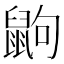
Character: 鼩